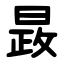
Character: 晸